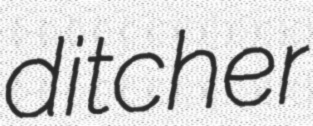
ditcher